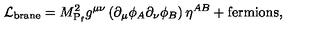
{ \cal L } _ { \mathrm { b r a n e } } = M _ { \mathrm { P } _ { \mathrm { f } } } ^ { 2 } g ^ { \mu \nu } \left( \partial _ { \mu } \phi _ { A } \partial _ { \nu } \phi _ { B } \right) \eta ^ { A B } + \mathrm { f e r m i o n s } ,